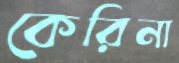
কেরিনা